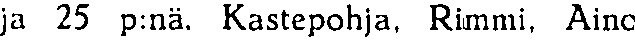
ja 25 p:nä. Kastepohja, Rimmi, Aino